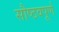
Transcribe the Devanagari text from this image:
सौष्ठवपूर्ण